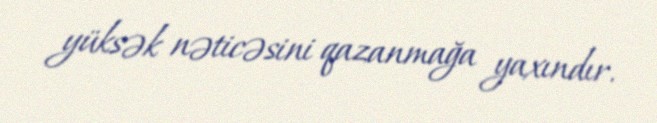
yüksək nəticəsini qazanmağa yaxındır.